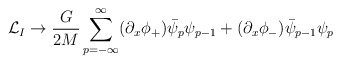
\begin{align*}{\cal L}_{I}\rightarrow\frac{G}{2M}\sum_{p=-\infty}^{\infty} (\partial_{x}\phi_{+})\bar{\psi}_{p}\psi_{p-1}+(\partial_{x}\phi_{-})\bar{\psi}_{p-1}\psi_{p}\end{align*}